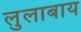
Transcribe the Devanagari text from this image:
लुलाबाय